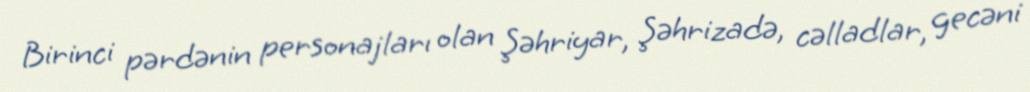
Birinci pərdənin personajları olan Şəhriyar, Şəhrizadə, cəlladlar, gecəni